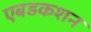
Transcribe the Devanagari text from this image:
एबडकशन